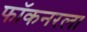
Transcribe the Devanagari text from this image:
फॉकनरला